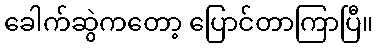
ခေါက်ဆွဲကတော့ ပြောင်တာကြာပြီ။